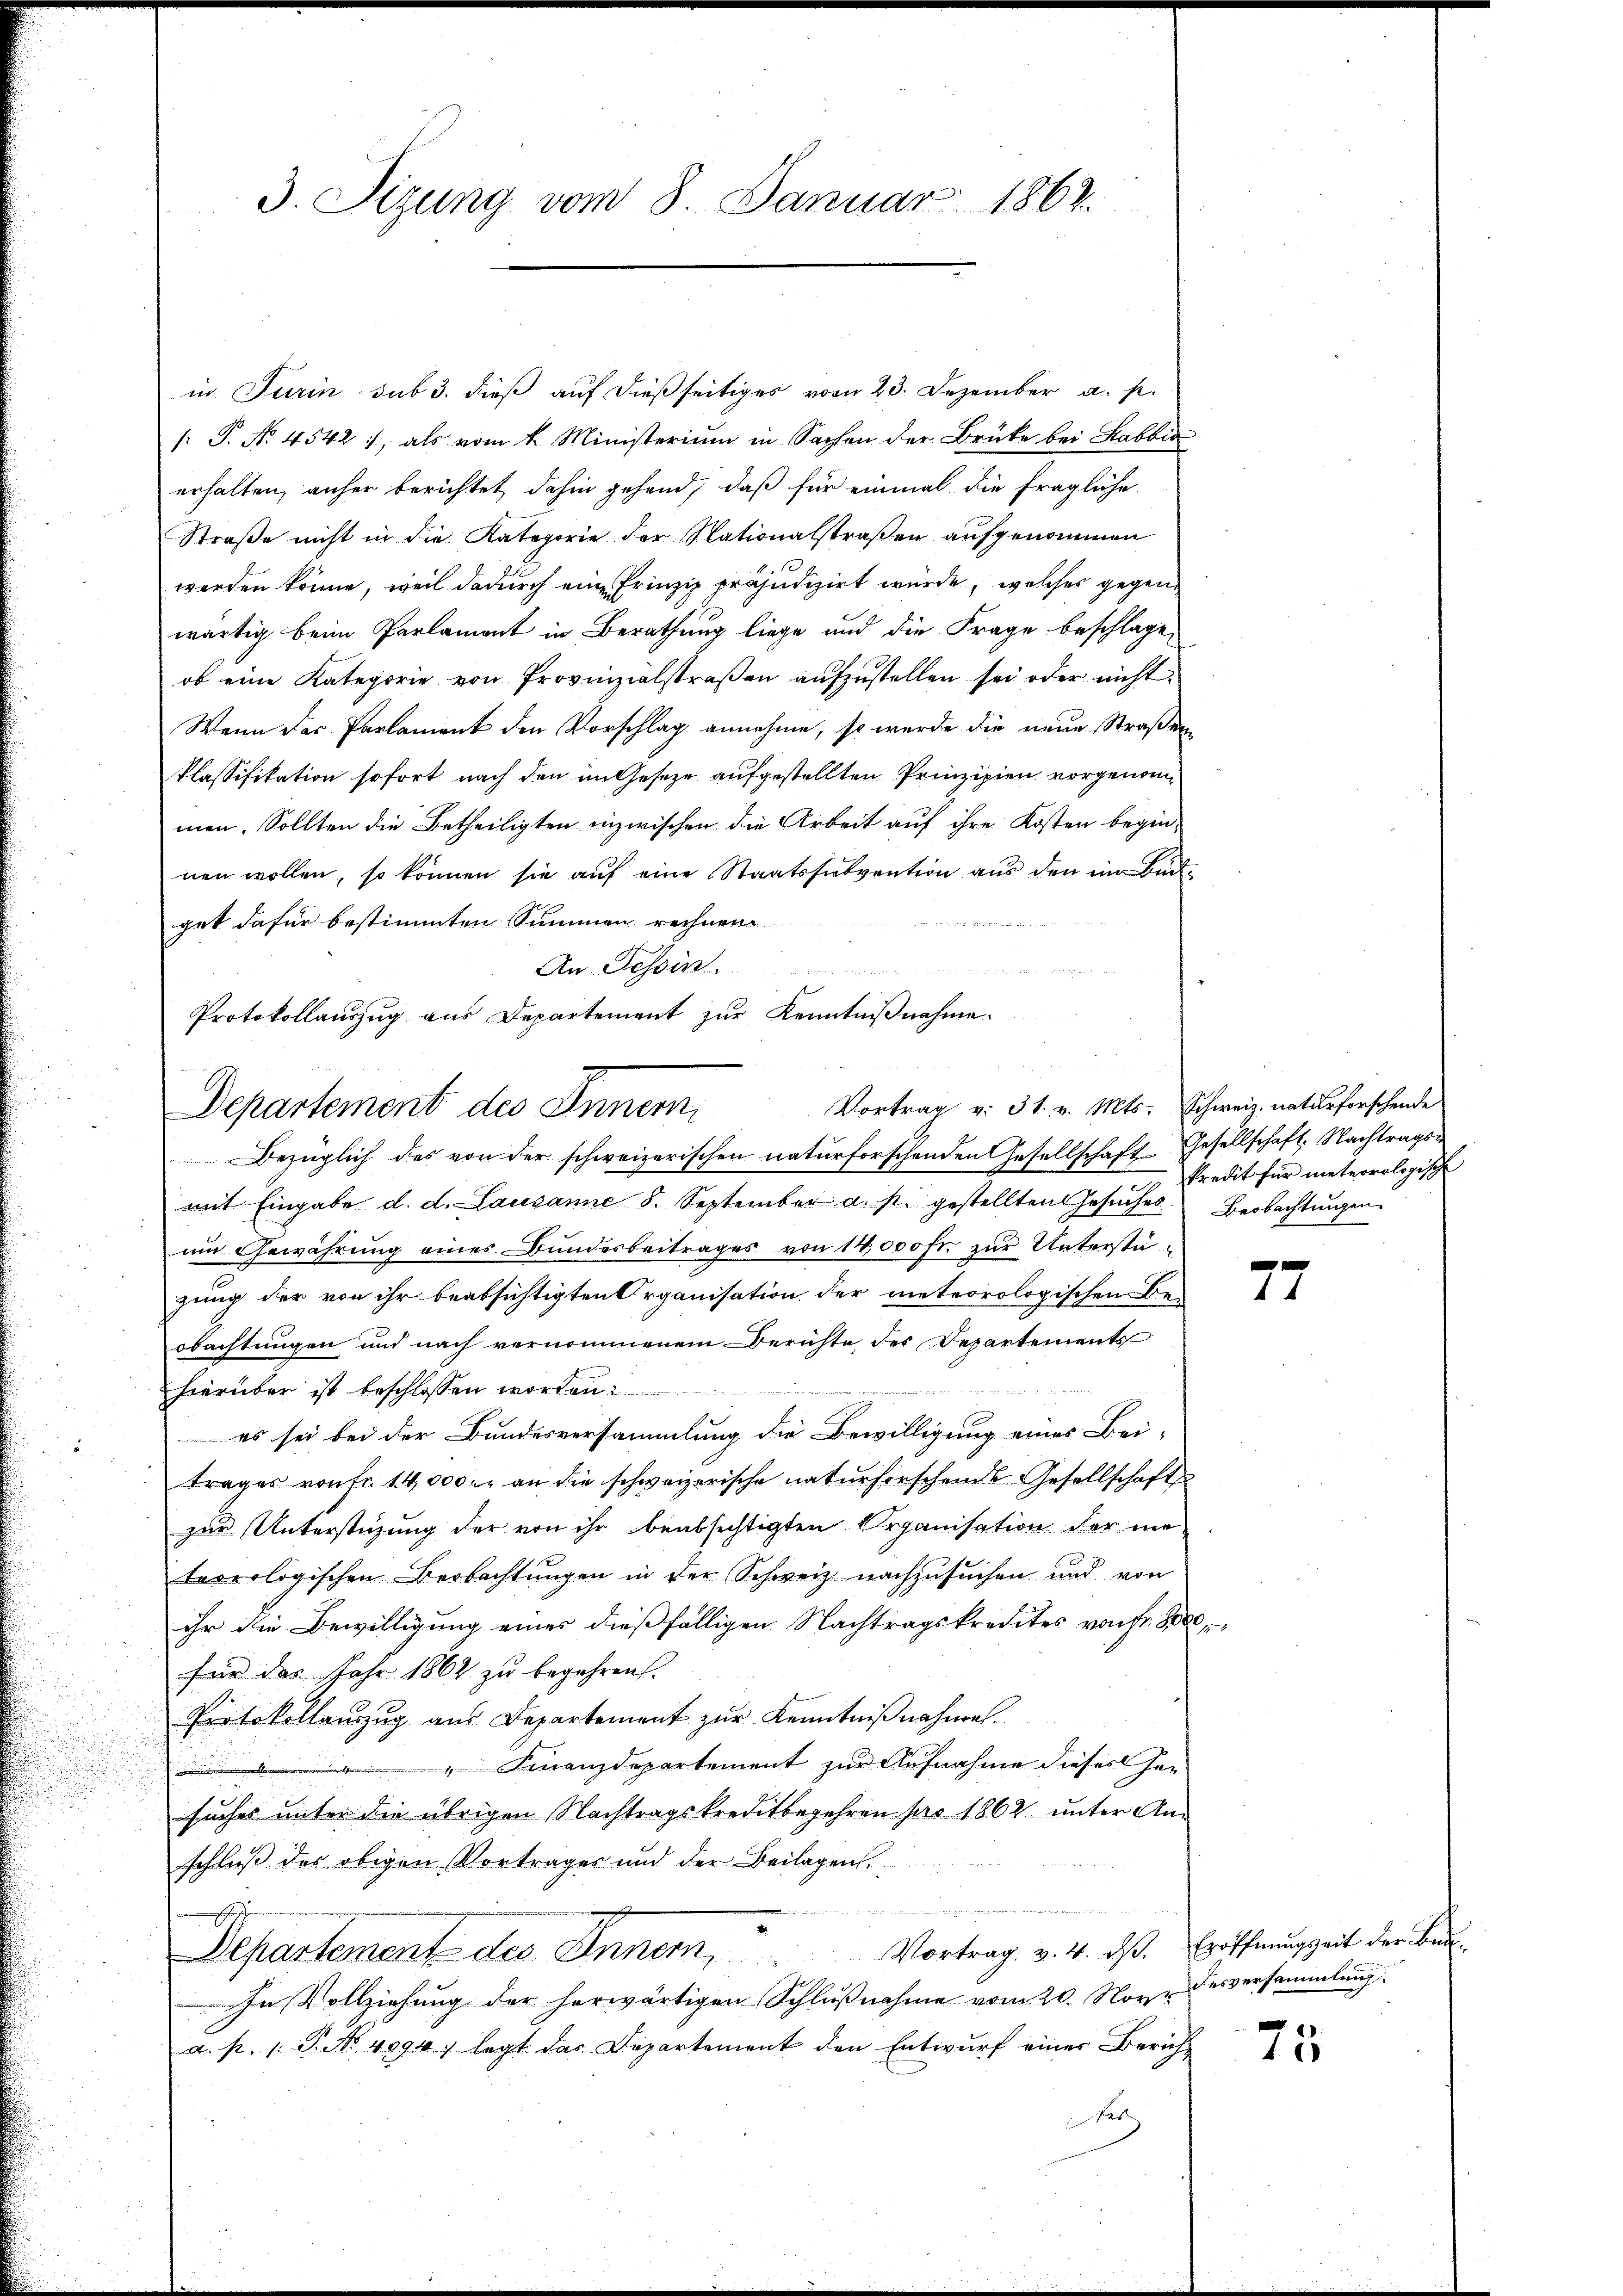
3. Sizung vom 8. Januar 1862.

in Turin sub 3. dieß auf dießseitiges vom 23. Dezember a. p.
: P. No. 4542), als vom 4. Ministerium in Sachen der Brüke bei Habbia
erhalten, anher berichtet dahin gehend, daß für einmal die fragliche
Straße nicht in die Kategorie der Nationalstraßen aufgenommen
werden könne, weil dadurch eine Frinzip präjudizirt wurde, welches gegenwärtig beim Parlament in Berathung liege und die Frage beschlage,
ob eine Kategorie von Provinzialstraßen aufzustellen sei oder nicht
Wenn der Parlament den Vorschlag annehme, so werde die neue Straßen
klassifikation sofort nach den im Geseze aufgestellten Prinzipien vorgenommen. Sollten die Betheiligten inzwischen die Arbeit auf ihre Kosten begin-
nen wollen, so können sie auf eine Staatssubvention aus den in Buchget dafür bestimmten Summen rechnen
An Tessin
Protokollaŭszŭg aŭs Departement zŭr Kenntniβnahme.

Vortrag v. 31. v. Mts. Schweiz. naturforschende
Departement des Innern

Bezüglich des von der schweizerischen naturforschenden Gesellschaft Gesellschaft. Nachtrags-
mit Eingabe d. d. Lausanne 8. September a. s. gestellten Gesŭches Beobachtŭngen
um Gewährung eines Bundesbeitrages von 14,000 Fr. zur Unterstügung der von ihr beabsichtigten Organisation der meteorologischen Be-
obachtungen und nach vernommenem Berichte des Departements
d tritte
hierüber ist beschlossen worden:
es sei bei der Bundesversammlung die Bewilligung eines Bei-
trages von Fr. 14,000 fr an die schweizerische naturforschende Gesellschaft
zur Unterstüzung der von ihr beabsichtigten Organisation der metereologischen Beobachtungen in der Schweiz. nachzusuchen und von
ihr die Bewilligung eines dießfälligen Nachtragskredites von Fr. 8000
für das Jahr 1862 zu begehren.
Protokollanzzug aus Departement zur Kenntnißnahmen.
" Finanzdepartement zur Aufnahme dieses Her
fehlen
suches unter die übrigen Nachtragskreditbegehren pro 1862 unter An¬

schließ des obigen Vorträger und der Beilagen.
Departement des Innern, Vortrag v. 4. dß. Eröffnungzeit der Ben
In Vollziehung der herwärtigen Schlußnahme vom 20. Nove
a. p. 1. P. Nr. 4094; legt das Departement den Entwurf einer Züriche

kredit für meteorologisch

1

desversammlung.

75